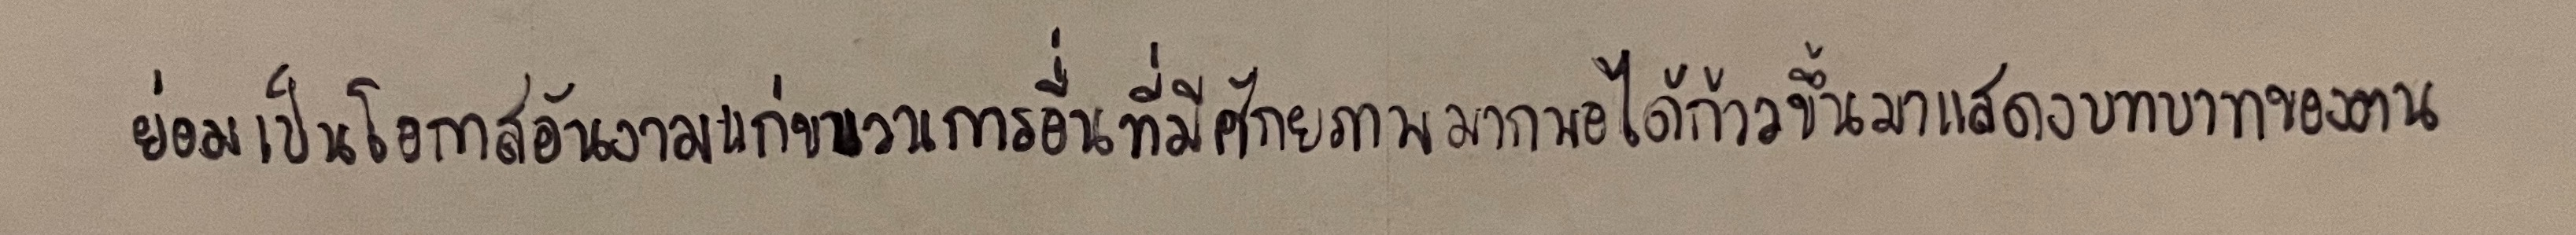
ย่อมเป็นโอกาสอันงามแก่ขบวนการอื่นที่มีศักยภาพมากพอได้ก้าวขึ้นมาแสดงบทบาทของตน